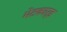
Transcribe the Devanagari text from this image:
भेटकार्ड